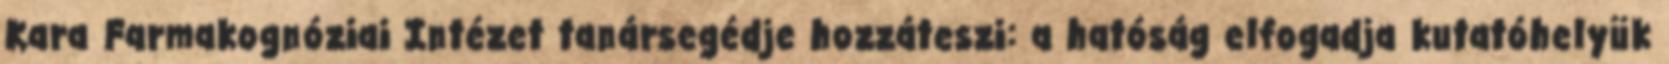
Kara Farmakognóziai Intézet tanársegédje hozzáteszi: a hatóság elfogadja kutatóhelyük